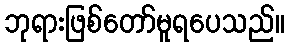
ဘုရားဖြစ်တော်မူရပေသည်။